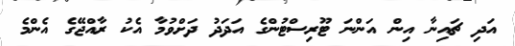
އަދި ޗައިނާ އިން އަންނަ ޓޫރިސްޓުންގެ އަދަދު ދަށްވުމާ އެކު ރާއްޖޭގެ އެންމެ